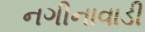
નગીનાવાડી